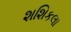
શશિકલા